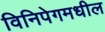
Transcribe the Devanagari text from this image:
विनिपेगमधील